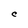
Character: C